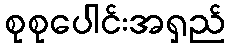
စုစုပေါင်းအရှည်